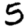
Digit: 5